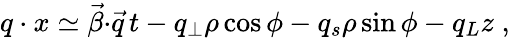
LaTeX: q\cdot x\simeq{\vec{\beta}}{\cdot}{\vec{q}}\, t-q_{\perp}\rho\cos\phi-q_{s}\rho\sin\phi-q_{L}z\; ,